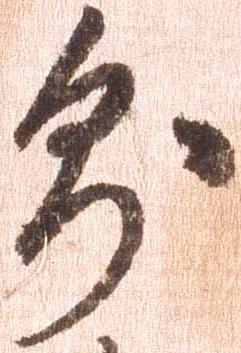
即